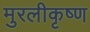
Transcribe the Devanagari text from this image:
मुरलीकृष्ण